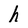
Character: h